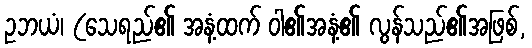
ဥဘယံ၊ (သေရည်၏ အနံ့ထက် ဝါ၏အနံ့၏ လွန်သည်၏အဖြစ်,